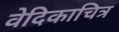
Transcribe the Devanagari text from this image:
वेदिकाचित्र